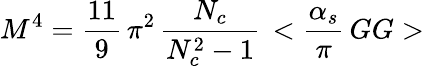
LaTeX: M^{4}={\frac{11}{9}}\, \pi^{2}\, {\frac{N_{c}}{N_{c}^{2}-1}}\, <{{\frac{\alpha_{s}}{\pi}}\, GG}>